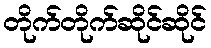
တိုက်တိုက်ဆိုင်ဆိုင်